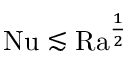
\mathrm { { N u } } \lesssim \mathrm { { R a } } ^ { \frac 1 2 }